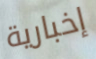
إخبارية